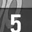
Digit: 5